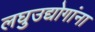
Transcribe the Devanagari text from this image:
लघुउद्योगांना